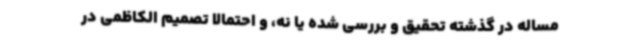
مساله در گذشته تحقیق و بررسی شده یا نه، و احتمالا تصمیم الکاظمی در